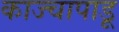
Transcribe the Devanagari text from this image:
काज्चापाडू